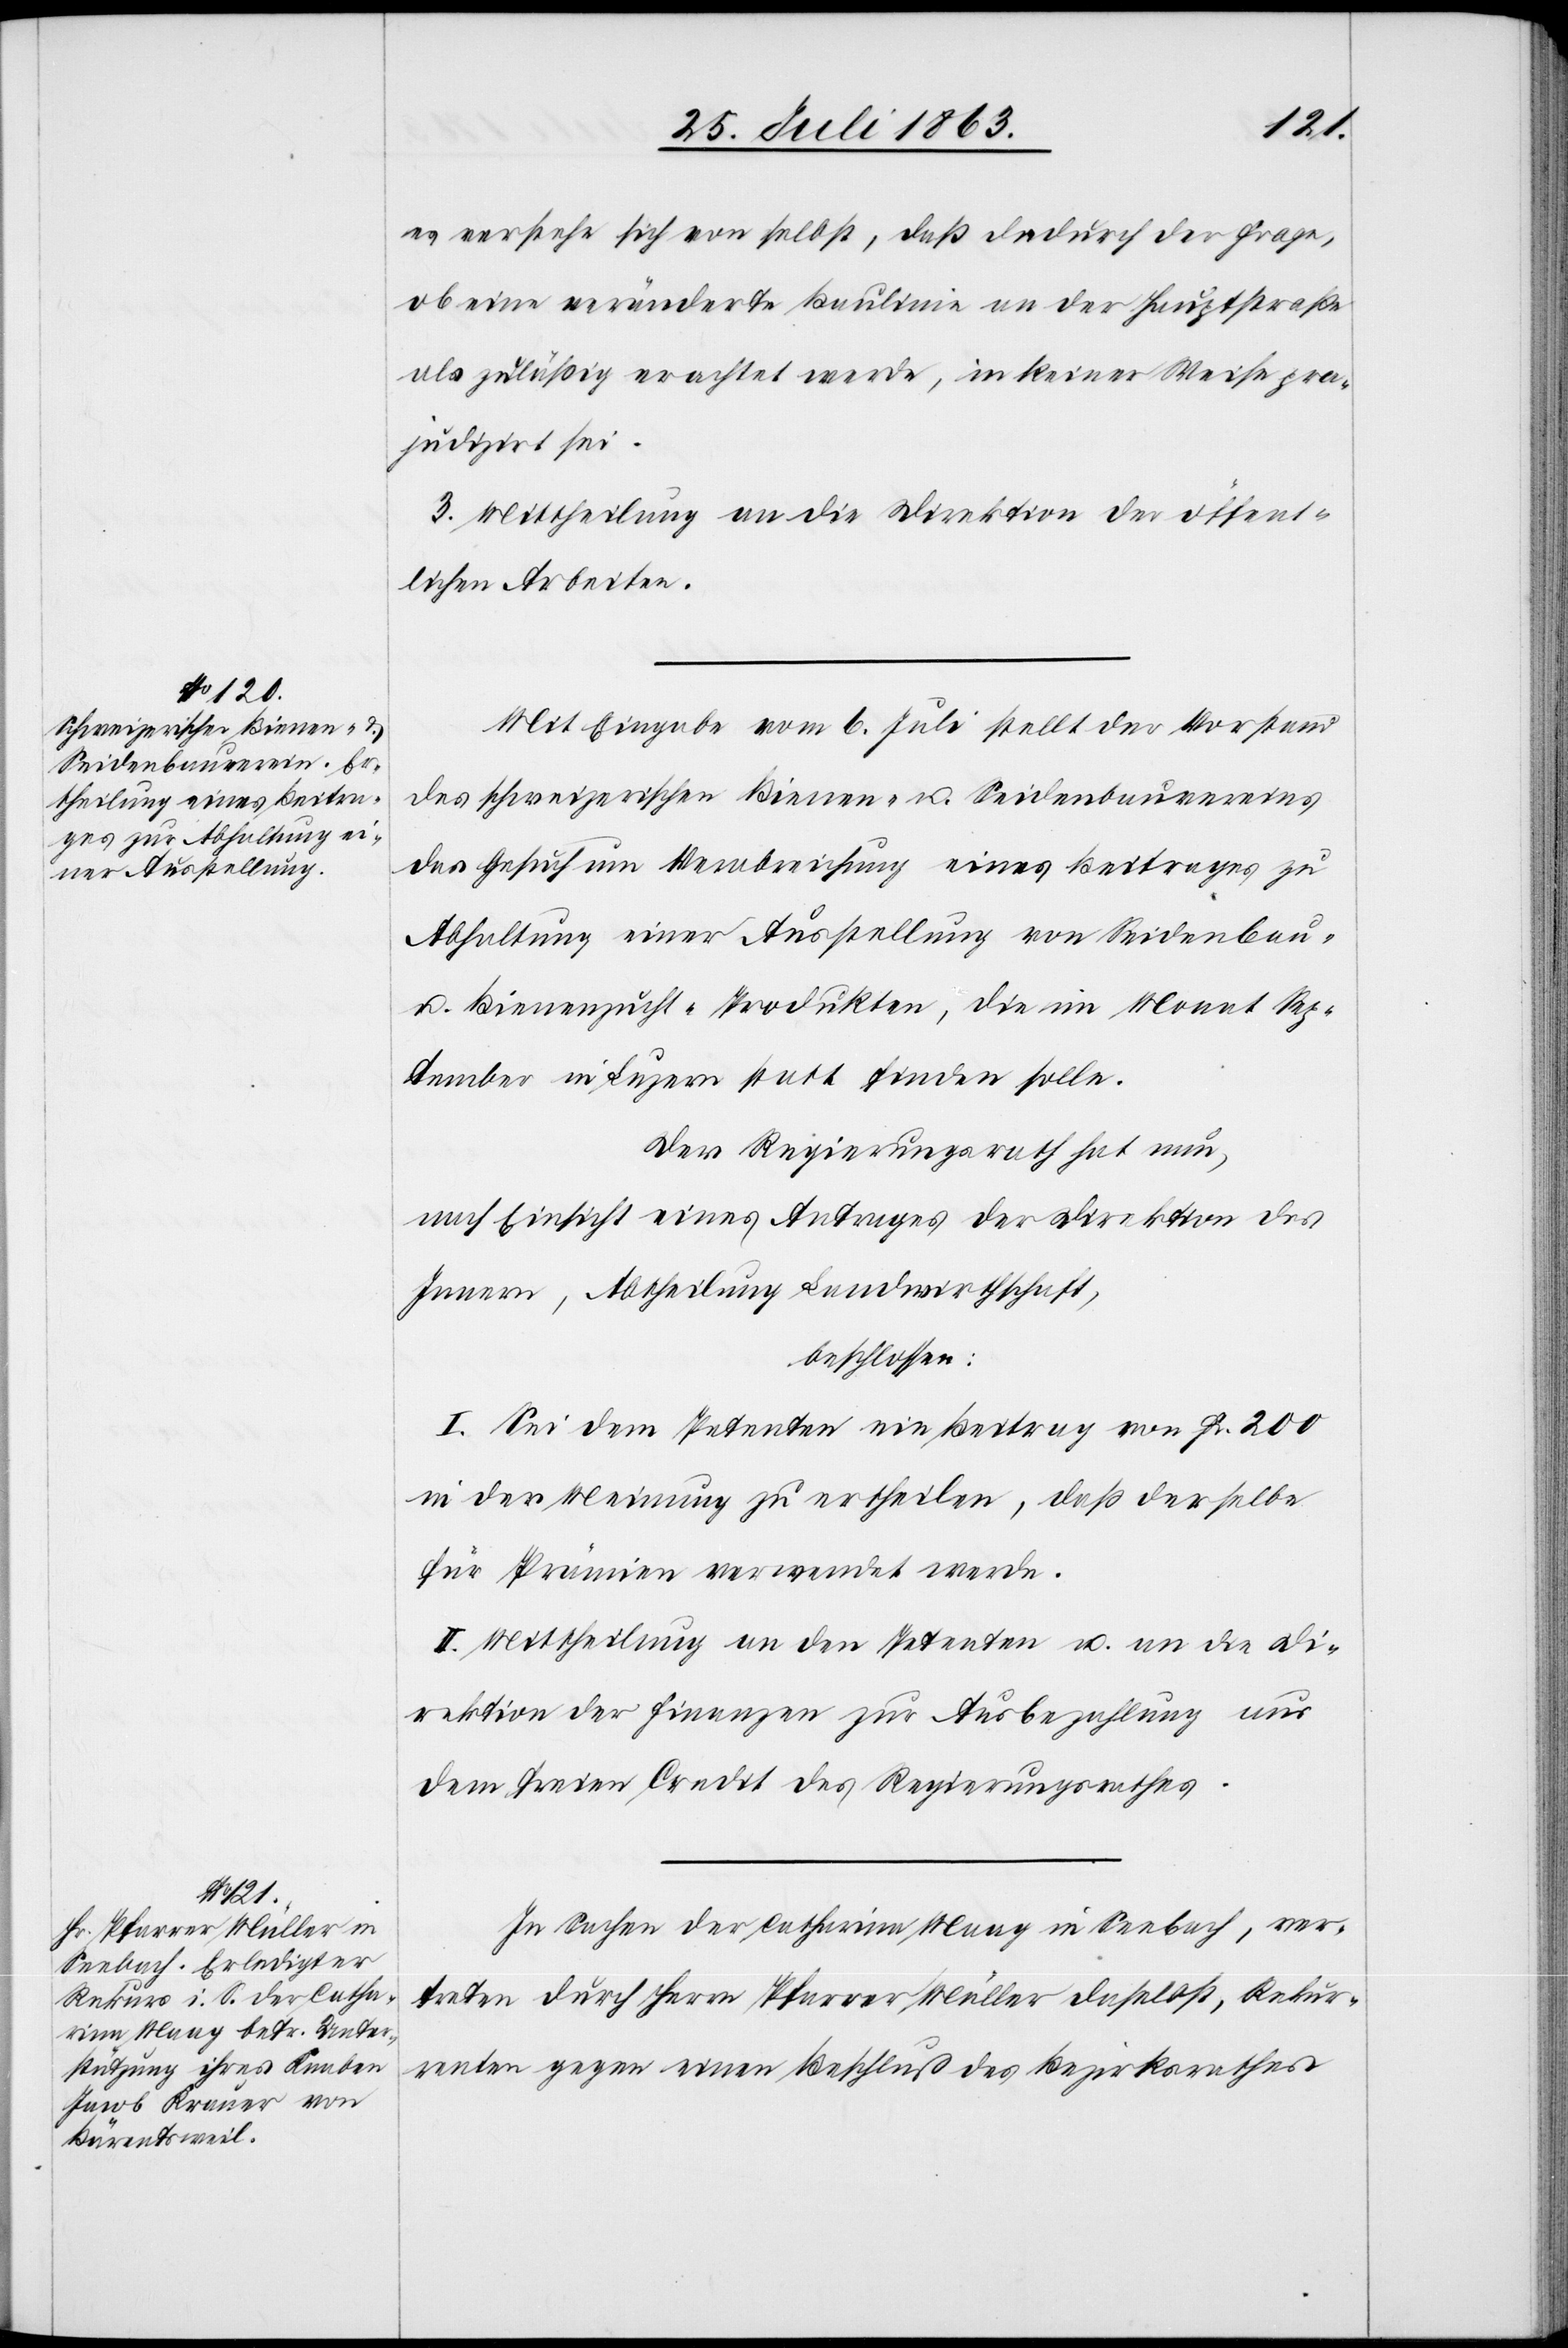
es verstehe sich von selbst, daß dadurch der Frage,
ob eine veränderte Baulinie an der Hauptstraße
als zuläßig erachtet werde, in keiner Weise pra¬
judizirt [sic!]
3. Mittheilung an die Direktion der öffent¬
lichen Arbeiten.
Mit Eingabe vom 6. Juli stellt der Vorstand
des schweizerischen Bienen- u. Seidenbauvereins
das Gesuch um Verabreichung eines Beitrages zu
Abhaltung einer Ausstellung von Seidenbau-
u. Bienenzucht-Produkten, die im Monat Sep¬
tember in Luzern statt finden solle.
Der Regierungsrath hat nun,
nach Einsicht eines Antrages der Direktion des
Innern, Abtheilung Landwirthschaft,
beschlossen:
I. Sei dem Petenten ein Beitrag von Fr. 200
in der Meinung zu ertheilen, daß derselbe
für Prämien verwendet werde.
II. Mittheilung an den Petenten u. an die Di¬
rektion der Finanzen zur Ausbezahlung aus
dem freien Credit des Regierungsrathes.
In Sachen der Catharina Maag in Seebach, ver¬
treten durch Herrn Pfarrer Müller daselbst, Rekur¬
renten gegen einen Beschluß des Bezirksrathes